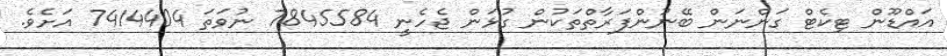
އައްޑޫން ޓިކެޓް ގަންނަން ބޭނުންފަރާތްތަކުން ގުޅަން ޖެހެނީ 7845584 ނުވަތަ 7414404 އަށެވެ.